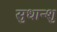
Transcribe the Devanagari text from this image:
सुधान्शु